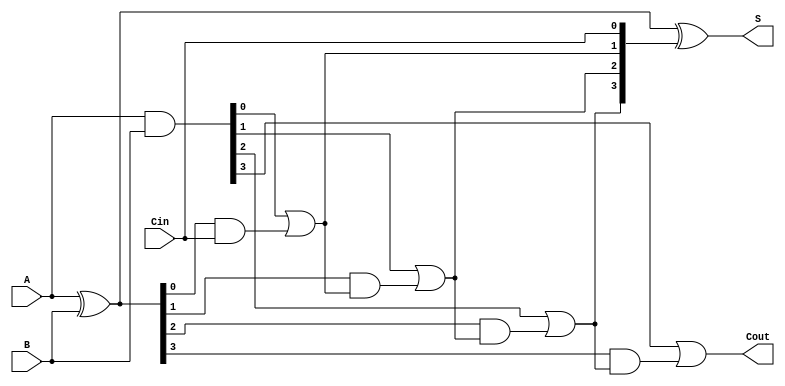
module HanCarlsonAdder (
    input  [3:0] A,      // 4-bit input A
    input  [3:0] B,      // 4-bit input B
    input        Cin,     // Carry-in
    output [3:0] S,      // 4-bit sum output
    output       Cout     // Carry-out
);

    // Generate carry signals for each group
    wire [3:0] G; // Generate
    wire [3:0] P; // Propagate
    wire [4:0] C; // Carry signals

    // Compute Generate and Propagate signals
    assign G = A & B;        // Generate
    assign P = A ^ B;        // Propagate

    // Carry signals
    assign C[0] = Cin;       // Initial carry
    assign C[1] = G[0] | (P[0] & C[0]); // Carry for first group
    assign C[2] = G[1] | (P[1] & C[1]); // Carry for second group
    assign C[3] = G[2] | (P[2] & C[2]); // Carry for third group
    assign C[4] = G[3] | (P[3] & C[3]); // Carry for fourth group

    // Sum calculation
    assign S = P ^ C[3:0]; // Sum bits
    assign Cout = C[4];    // Final carry-out

endmodule